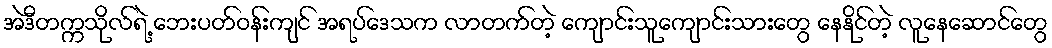
အဲဒီတက္ကသိုလ်ရဲ့ ဘေးပတ်ဝန်းကျင် အရပ်ဒေသက လာတက်တဲ့ ကျောင်းသူကျောင်းသားတွေ နေနိုင်တဲ့ လူနေဆောင်တွေ